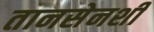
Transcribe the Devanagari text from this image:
तानसेनशी